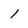
Character: l